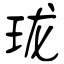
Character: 珑